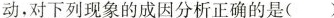
动，对下列现象的成因分析正确的是( )